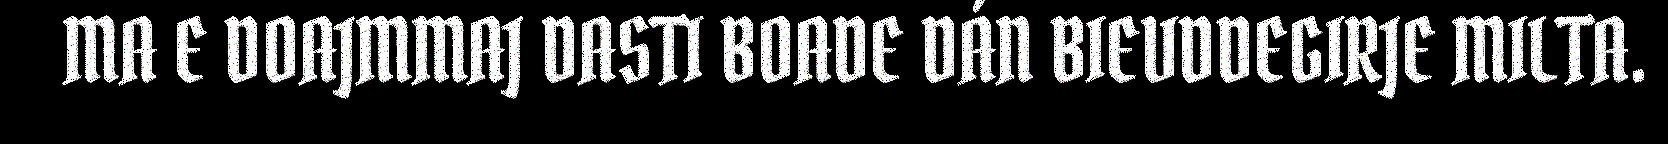
MA E DOAJMMAJ DASTI BOADE DÁN BIEVDDEGIRJE MILTA.